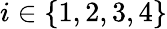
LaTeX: i\in\{ 1,2,3,4\}